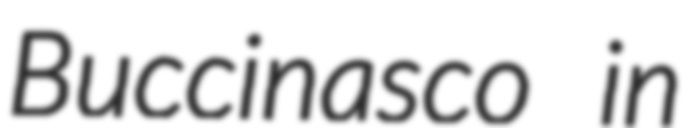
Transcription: Buccinasco in